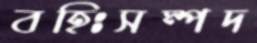
বহিঃসম্পদ